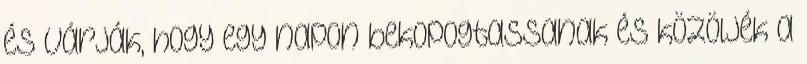
és várják, hogy egy napon bekopogtassanak és közöljék a